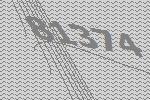
81374